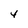
Character: 4